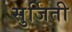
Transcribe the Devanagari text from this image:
सुर्जिती